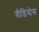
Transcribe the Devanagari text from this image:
वीडियोस